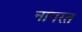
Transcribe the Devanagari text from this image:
नांगरत